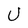
Character: U